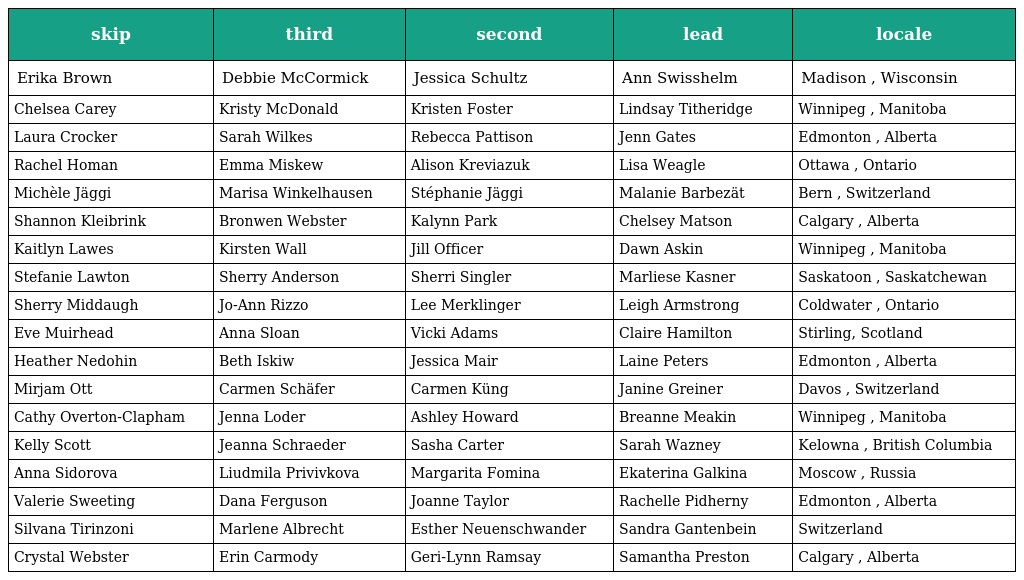
| skip | third | second | lead | locale |
 | --- | --- | --- | --- | --- |
 | Erika Brown | Debbie McCormick | Jessica Schultz | Ann Swisshelm | Madison , Wisconsin |
 | Chelsea Carey | Kristy McDonald | Kristen Foster | Lindsay Titheridge | Winnipeg , Manitoba |
 | Laura Crocker | Sarah Wilkes | Rebecca Pattison | Jenn Gates | Edmonton , Alberta |
 | Rachel Homan | Emma Miskew | Alison Kreviazuk | Lisa Weagle | Ottawa , Ontario |
 | Michèle Jäggi | Marisa Winkelhausen | Stéphanie Jäggi | Malanie Barbezät | Bern , Switzerland |
 | Shannon Kleibrink | Bronwen Webster | Kalynn Park | Chelsey Matson | Calgary , Alberta |
 | Kaitlyn Lawes | Kirsten Wall | Jill Officer | Dawn Askin | Winnipeg , Manitoba |
 | Stefanie Lawton | Sherry Anderson | Sherri Singler | Marliese Kasner | Saskatoon , Saskatchewan |
 | Sherry Middaugh | Jo-Ann Rizzo | Lee Merklinger | Leigh Armstrong | Coldwater , Ontario |
 | Eve Muirhead | Anna Sloan | Vicki Adams | Claire Hamilton | Stirling, Scotland |
 | Heather Nedohin | Beth Iskiw | Jessica Mair | Laine Peters | Edmonton , Alberta |
 | Mirjam Ott | Carmen Schäfer | Carmen Küng | Janine Greiner | Davos , Switzerland |
 | Cathy Overton-Clapham | Jenna Loder | Ashley Howard | Breanne Meakin | Winnipeg , Manitoba |
 | Kelly Scott | Jeanna Schraeder | Sasha Carter | Sarah Wazney | Kelowna , British Columbia |
 | Anna Sidorova | Liudmila Privivkova | Margarita Fomina | Ekaterina Galkina | Moscow , Russia |
 | Valerie Sweeting | Dana Ferguson | Joanne Taylor | Rachelle Pidherny | Edmonton , Alberta |
 | Silvana Tirinzoni | Marlene Albrecht | Esther Neuenschwander | Sandra Gantenbein | Switzerland |
 | Crystal Webster | Erin Carmody | Geri-Lynn Ramsay | Samantha Preston | Calgary , Alberta |